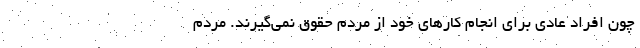
چون افراد عادی برای انجام کارهای خود از مردم حقوق نمی‌گیرند. مردم